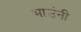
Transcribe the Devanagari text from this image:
भाउंनी